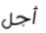
أجل